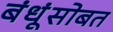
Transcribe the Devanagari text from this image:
बंधूंसोबत